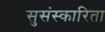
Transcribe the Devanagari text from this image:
सुसंस्कारिता